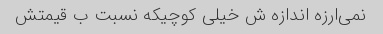
نمی‌ارزه اندازه ش خیلی کوچیکه نسبت ب قیمتش